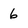
Character: 6